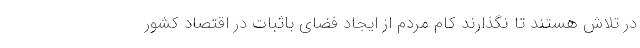
در تلاش هستند تا نگذارند کام مردم از ایجاد فضای باثبات در اقتصاد کشور